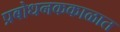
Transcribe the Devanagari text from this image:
प्रबोधनककाळात